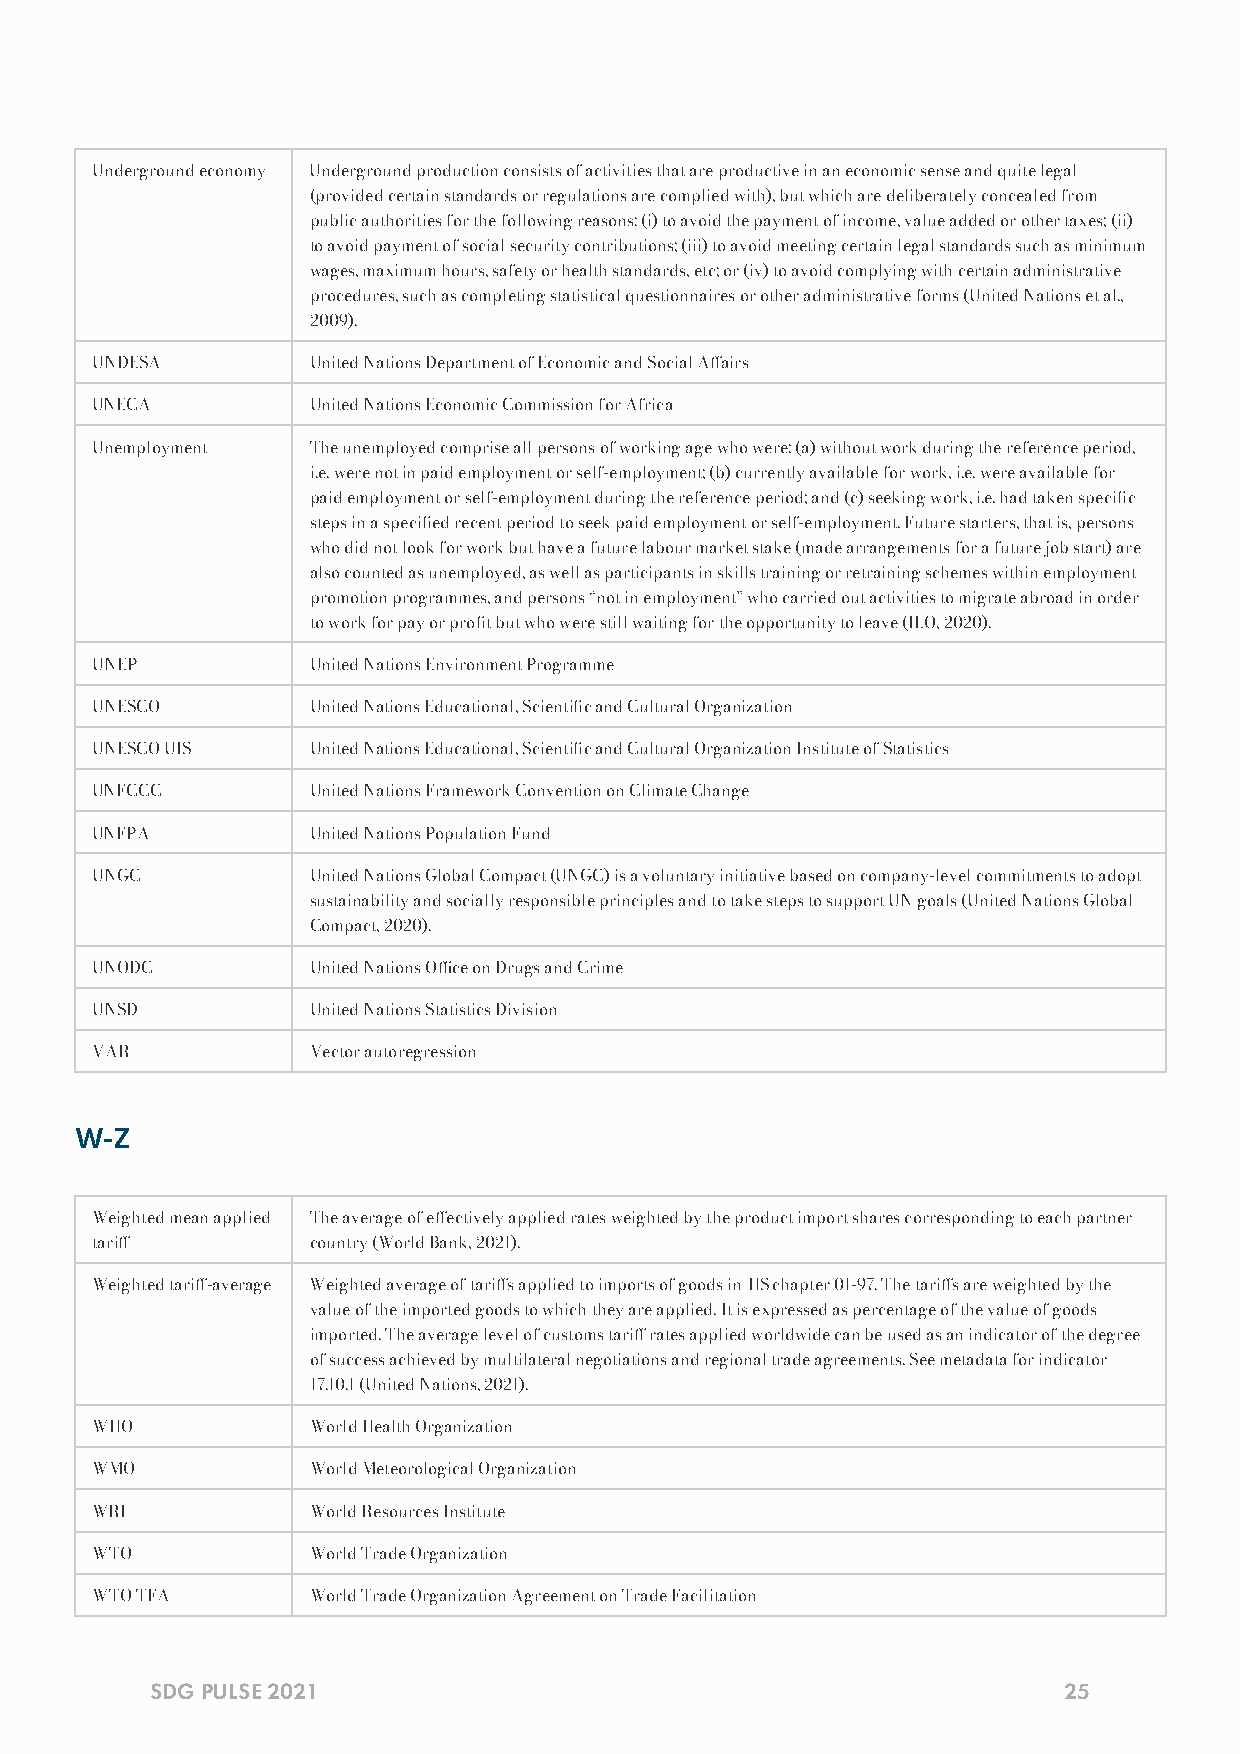
Underground economy Underground production consists of activities that are productive in an economic sense and quite legal
 (provided certain standards or regulations are complied with), but which are deliberately concealed from
 public authorities for the following reasons: (i) to avoid the payment of income, value added or other taxes; (ii)
 to avoid payment of social security contributions; (iii) to avoid meeting certain legal standards such as minimum
 wages, maximum hours, safety or health standards, etc; or (iv) to avoid complying with certain administrative
 procedures, such as completing statistical questionnaires or other administrative forms (United Nations et al.,
 2009).
 UNDESA        United Nations Department of Economic and Social Aairs
 UNECA         United Nations Economic Commission for Africa
 Unemployment  The unemployed comprise all persons of working age who were: (a) without work during the reference period,
 i.e. were not in paid employment or self-employment; (b) currently available for work, i.e. were available for
 paid employment or self-employment during the reference period; and (c) seeking work, i.e. had taken specic
 steps in a specied recent period to seek paid employment or self-employment. Future starters, that is, persons
 who did not look for work but have a future labour market stake (made arrangements for a future job start) are
 also counted as unemployed, as well as participants in skills training or retraining schemes within employment
 promotion programmes, and persons “not in employment” who carried out activities to migrate abroad in order
 to work for pay or prot but who were still waiting for the opportunity to leave (ILO, 2020).
 UNEP          United Nations Environment Programme
 UNESCO        United Nations Educational, Scientic and Cultural Organization
 UNESCO UIS    United Nations Educational, Scientic and Cultural Organization Institute of Statistics
 UNFCCC        United Nations Framework Convention on Climate Change
 UNFPA         United Nations Population Fund
 UNGC          United Nations Global Compact (UNGC) is a voluntary initiative based on company-level commitments to adopt
 sustainability and socially responsible principles and to take steps to support UN goals (United Nations Global
 Compact, 2020).
 UNODC         United Nations Oce on Drugs and Crime
 UNSD          United Nations Statistics Division
 VAR           Vector autoregression
 W-Z
 Weighted mean applied The average of eectively applied rates weighted by the product import shares corresponding to each partner
 tari         country (World Bank, 2021).
 Weighted tari-average Weighted average of taris applied to imports of goods in HS chapter 01-97. The taris are weighted by the
 value of the imported goods to which they are applied. It is expressed as percentage of the value of goods
 imported. The average level of customs tari rates applied worldwide can be used as an indicator of the degree
 of success achieved by multilateral negotiations and regional trade agreements. See metadata for indicator
 17.10.1 (United Nations, 2021).
 WHO           World Health Organization
 WMO           World Meteorological Organization
 WRI           World Resources Institute
 WTO           World Trade Organization
 WTO TFA       World Trade Organization Agreement on Trade Facilitation
 SDG PULSE 2021                                              25